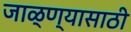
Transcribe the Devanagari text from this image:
जाळ्ण्यासाठी